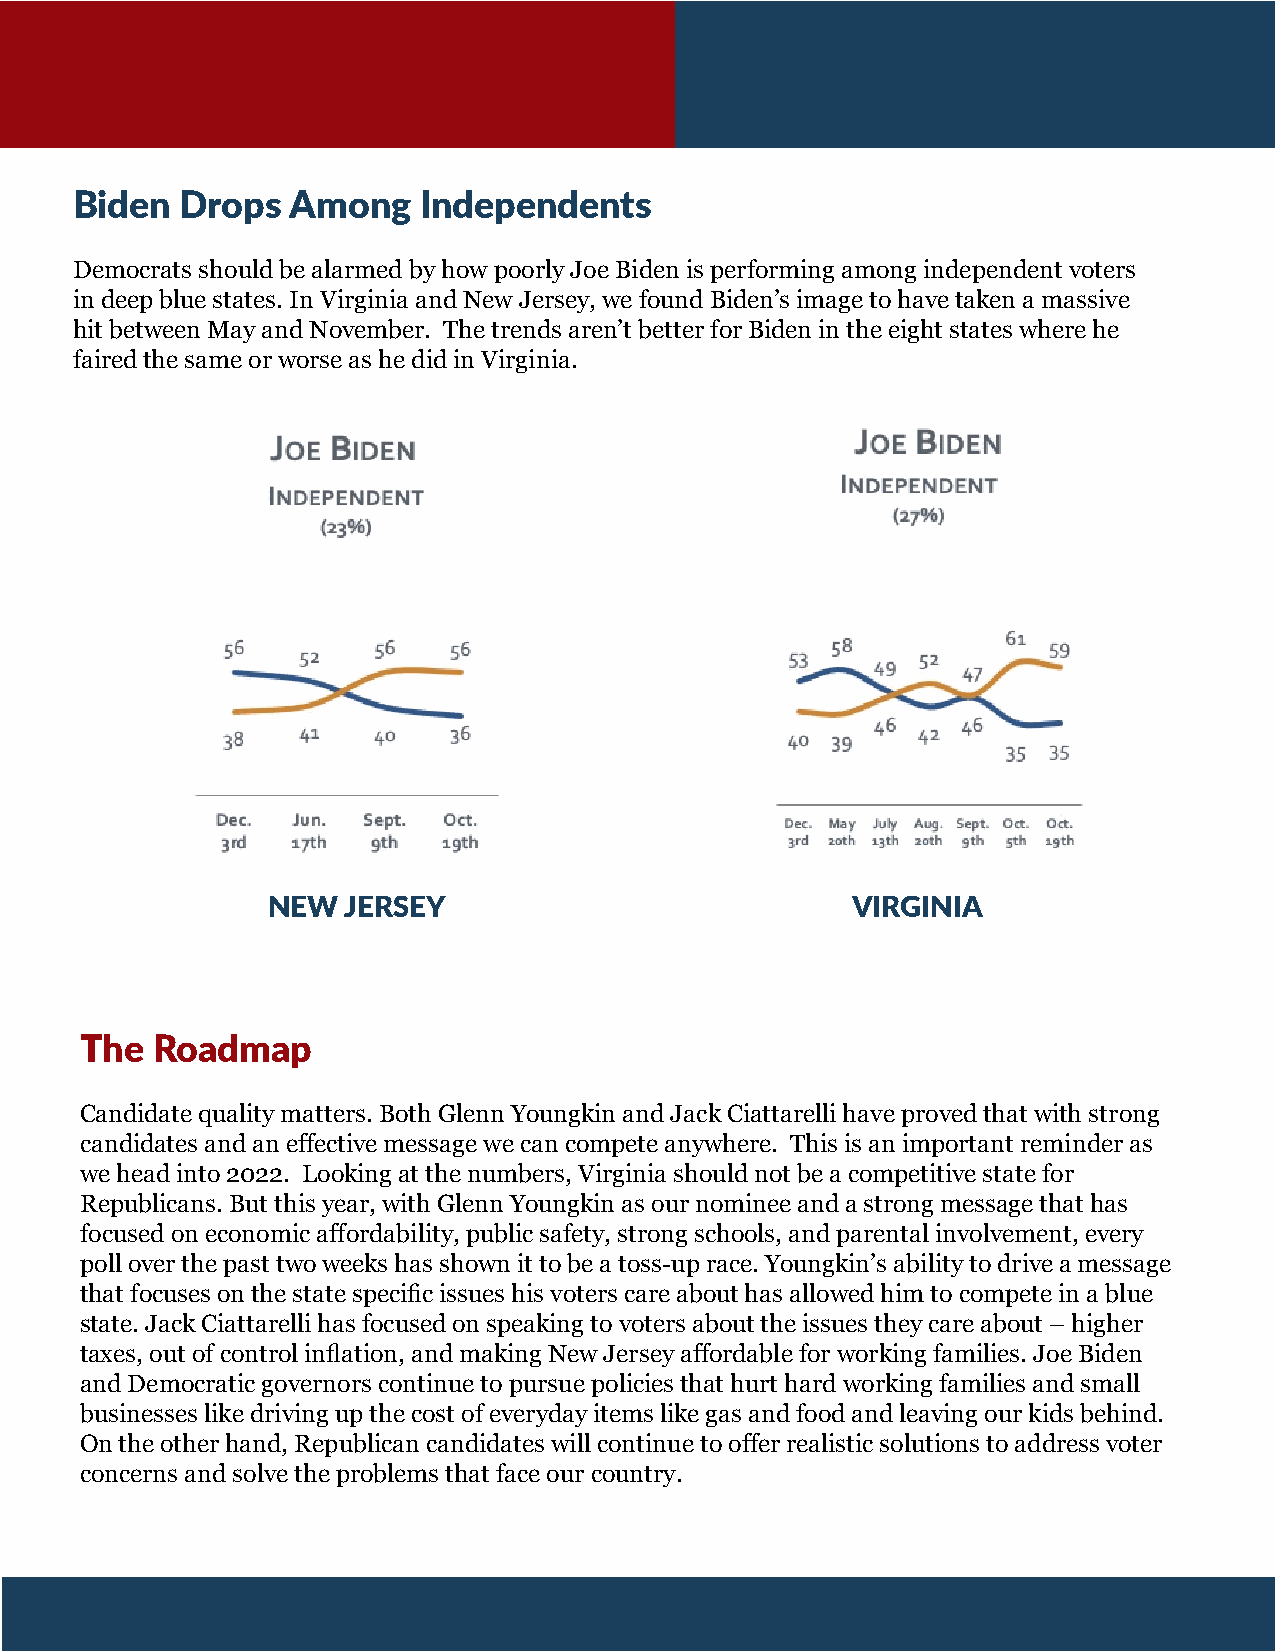
Biden  Drops  Among    Independents
 Democrats should be alarmed by how poorly Joe Biden is performing among independent voters
 in deep blue states. In Virginia and New Jersey, we found Biden’s image to have taken a massive
 hit between May and November. The trends aren’t better for Biden in the eight states where he
 faired the same or worse as he did in Virginia.
 NEW  JERSEY                           VIRGINIA
 The  Roadmap
 Candidate quality matters. Both Glenn Youngkin and Jack Ciattarelli have proved that with strong
 candidates and an effective message we can compete anywhere. This is an important reminder as
 we head into 2022. Looking at the numbers, Virginia should not be a competitive state for
 Republicans. But this year, with Glenn Youngkin as our nominee and a strong message that has
 focused on economic affordability, public safety, strong schools, and parental involvement, every
 poll over the past two weeks has shown it to be a toss-up race. Youngkin’s ability to drive a message
 that focuses on the state specific issues his voters care about has allowed him to compete in a blue
 state. Jack Ciattarelli has focused on speaking to voters about the issues they care about – higher
 taxes, out of control inflation, and making New Jersey affordable for working families. Joe Biden
 and Democratic governors continue to pursue policies that hurt hard working families and small
 businesses like driving up the cost of everyday items like gas and food and leaving our kids behind.
 On the other hand, Republican candidates will continue to offer realistic solutions to address voter
 concerns and solve the problems that face our country.